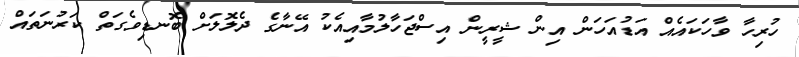
ހުރިހާ ވާހަކައެއް އަޑުއަހަން އިން ޝީރީން އިސްޖަހާލުމާއިއެކު އޭނާގެ ދެލޮލަށް ބޮނޑިވެގަތް ކަރުނަތައް